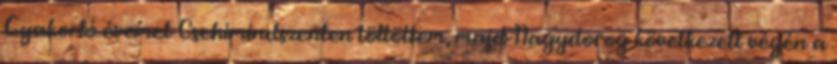
Gyakorló évemet Csehimindszenten töltöttem, majd Nagydorog következett végén a